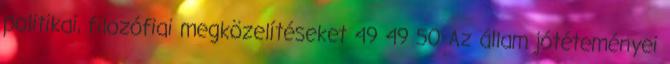
politikai, filozófiai megközelítéseket 49 49 50 Az állam jótéteményei